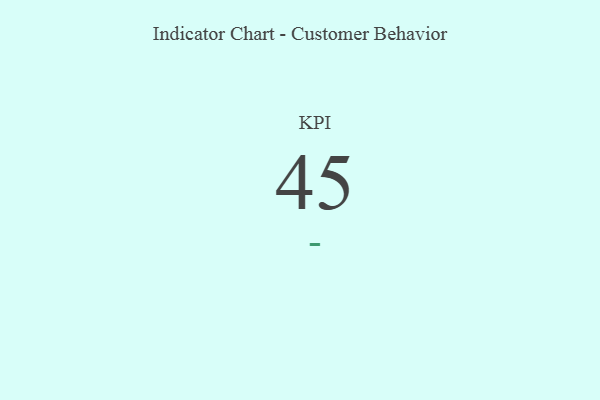
{"axis": {"x": "KPI", "y": "Value"}, "legend": [""], "data": [{"x": "KPI", "y": 45, "type": ""}]}